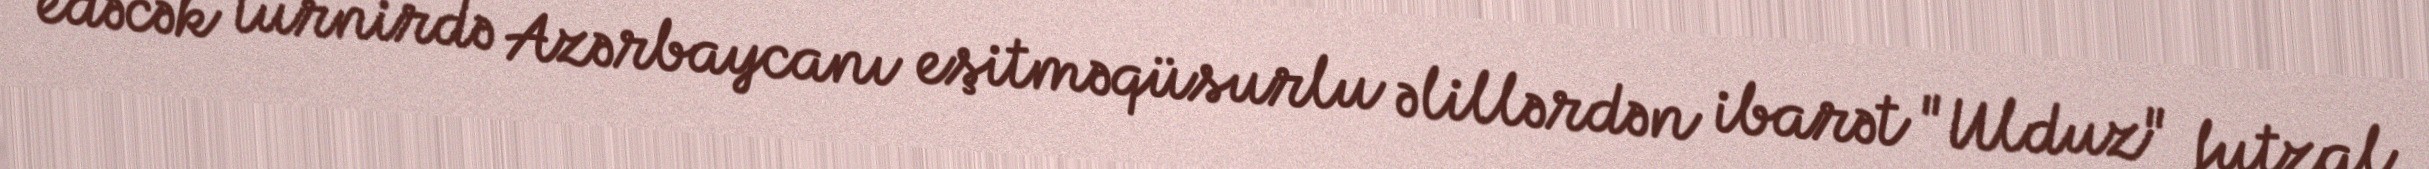
edəcək turnirdə Azərbaycanı eşitməqüsurlu əlillərdən ibarət "Ulduz" futzal